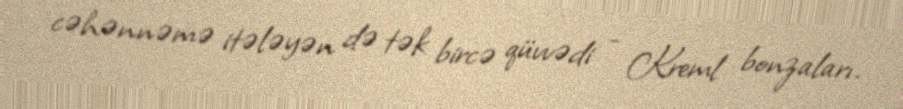
cəhənnəmə itələyən də tək bircə qüvvədi - Kreml bonzaları.